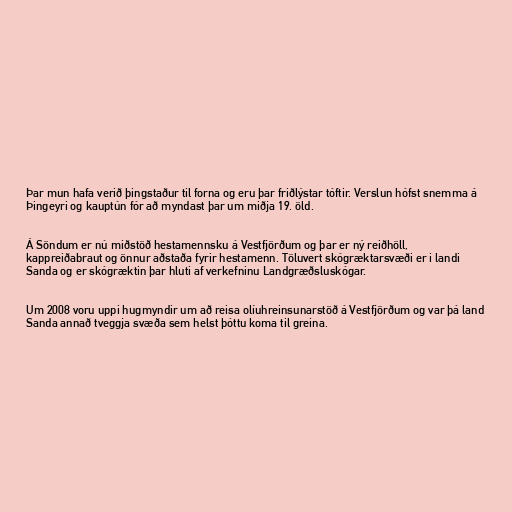
Þar mun hafa verið þingstaður til forna og eru þar friðlýstar tóftir. Verslun hófst snemma á
Þingeyri og kauptún fór að myndast þar um miðja 19. öld.

Á Söndum er nú miðstöð hestamennsku á Vestfjörðum og þar er ný reiðhöll,
kappreiðabraut og önnur aðstaða fyrir hestamenn. Töluvert skógræktarsvæði er i landi
Sanda og er skógræktin þar hluti af verkefninu Landgræðsluskógar.

Um 2008 voru uppi hugmyndir um að reisa olíuhreinsunarstöð á Vestfjörðum og var þá land
Sanda annað tveggja svæða sem helst þóttu koma til greina.